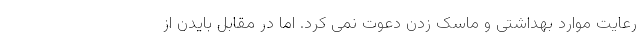
رعایت موارد بهداشتی و ماسک زدن دعوت نمی کرد. اما در مقابل بایدن از